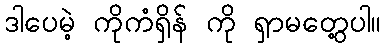
ဒါပေမဲ့ ကိုကံရှိန် ကို ရှာမတွေ့ပါ။